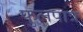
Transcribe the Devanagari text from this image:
फुलपात्र